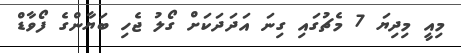
މިއީ މިދިޔަ 7 މެޗުގައި ގިނަ އަދަދަކަށް ގޯލު ޖެހި ބަޔާންގެ ފޯވާޑް